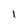
Character: l